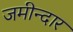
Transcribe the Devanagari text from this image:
जमीन्दार